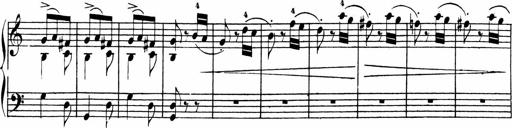
Title: Sonatinas
Composer: Andrew Violette